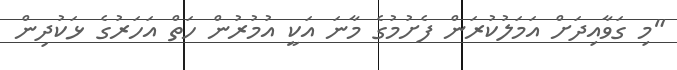
"މި ގަވާއިދަށް އަމަލުކުރަން ފެށުމުގެ މާނަ އަކީ އުމުރުން ހަތް އަހަރުގެ ޅަކުދިން